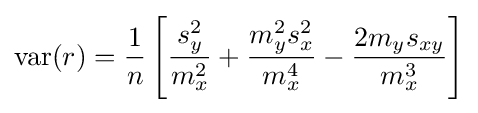
\operatorname {var} (r)={\frac {1}{n}}\left[{\frac {s_{y}^{2}}{m_{x}^{2}}}+{\frac {m_{y}^{2}s_{x}^{2}}{m_{x}^{4}}}-{\frac {2m_{y}s_{xy}}{m_{x}^{3}}}\right]